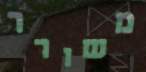
משורר